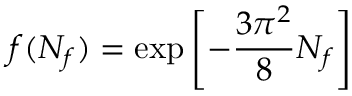
f ( N _ { f } ) = \exp \left[ - { \frac { 3 \pi ^ { 2 } } { 8 } } N _ { f } \right]